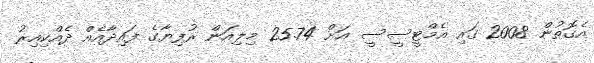
އެގޮތުން 2008 ގައި އެމްޓީސީސީ އަށް 25.74 މިލިއަން ރުފިޔާގެ ފައިދާއެއް ދެއްކިއިރު